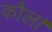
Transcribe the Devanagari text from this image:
कौल।